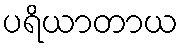
ပရိယာတာယ